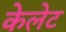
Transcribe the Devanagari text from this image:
केलेट